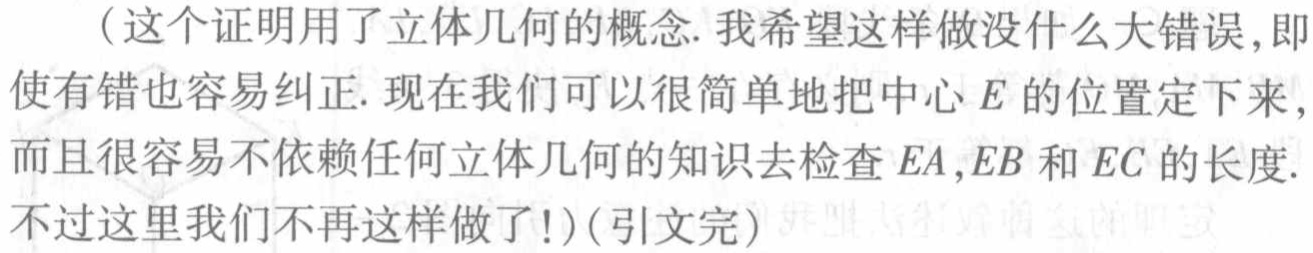
（这个证明用了立体几何的概念. 我希望这样做没什么大错误, 即使有错也容易纠正. 现在我们可以很简单地把中心 \(E\) 的位置定下来, 而且很容易不依赖任何立体几何的知识去检查 \(EA,EB\) 和 \(EC\) 的长度. 不过这里我们不再这样做了!）(引文完)